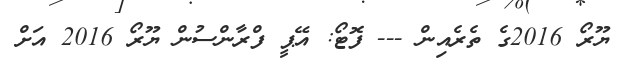
ޔޫރޯ 2016ގެ ތެރެއިން --- ފޮޓޯ: އޭޕީ ފްރާންސުން ޔޫރޯ 2016 އަށް